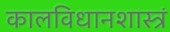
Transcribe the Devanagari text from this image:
कालविधानशास्त्रं